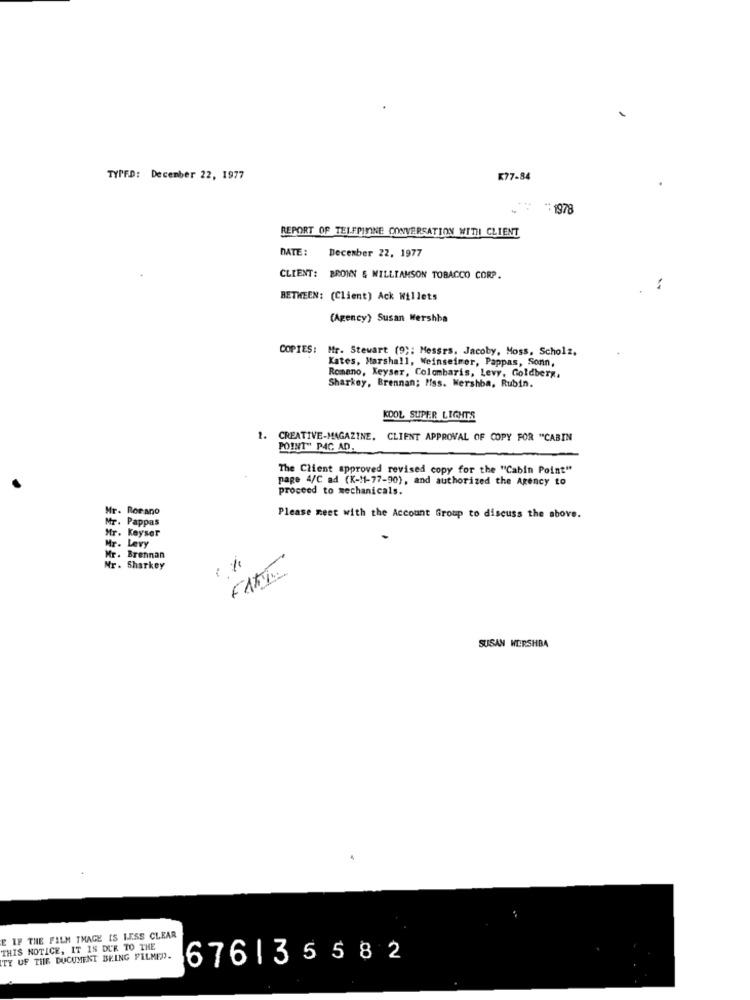
TYPED: December 22, 1977
K77-84
** 1978
REPORT OF TELFPININE CONVERSATION WITH CLIENT
DATE:
December 22, 1977
CLIENT: BROWN & WILLIAMSON TOBACCO CORP.
:
BETWEEN: (Client) Ack Willets
(Agency) Susan Mershba
COPIES: Mr. Stewart (9): Messrs, Jacoby, Moss, Scholz,
Kates, Marshall, Weinseimer, Pappas, Sonn,
Romano, Keyser, Colombaris, Levy, Goldberg,
Sharkey, Brennan; Mss. Wershba, Rubin.
KOOL SUPER LIGHTS
CREATIVE-MAGAZINE, CLIENT APPROVAL OF COPY FOR "CABIN
POINT" PAC AD.
The Client approved revised copy for the "Cabin Point"
page 4/C ad (K -! 1-77-90), and authorized the Agency to
proceed to mechanicals.
Mr. Borano
Mr. Pappas
Please meet with the Account Group to discuss the above.
Mr. Keyser
Mr. Levy
Mr. Brennan
Mr. Sharkey
SUSAN HERSHBA
E IF THE FILM THAGE IS LESS CLEAR
THIS NOTICE, IT IS DUE TO THE
TY UF THE DOCUMENT BEING FILMED.
676| 35582